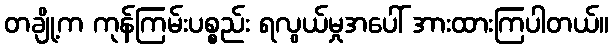
တချို့က ကုန်ကြမ်းပစ္စည်း ရလွယ်မှုအပေါ် အားထားကြပါတယ်။